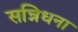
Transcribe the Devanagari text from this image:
सन्निधना